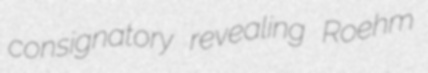
consignatory revealing Roehm